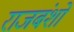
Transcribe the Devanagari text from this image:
राजबंशो